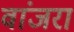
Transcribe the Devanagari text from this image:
वांजरा